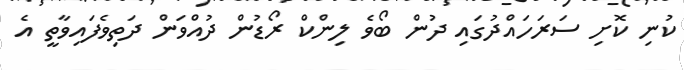
ކުނި ކޮށި ސަރަހައްދުގައި ދުން ބޯވެ ލިންކް ރޯޑުން ދުއްވަން ދަތިވެފައިވާތީ އެ